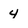
Character: 4